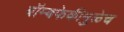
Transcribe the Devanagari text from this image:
बॉम्बफेकीमुळेच